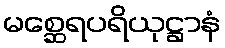
မစ္ဆေရပရိယုဋ္ဌာနံ